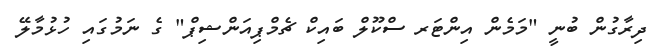
ދިރާގުން ބުނީ "މަމެން އިންޓަރ ސްކޫލް ބައިކް ޗެމްޕިއަންޝިޕް" ގެ ނަމުގައި ހުޅުމާލޭ